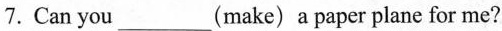
7.Can you___(make) a paper plane for me?